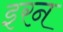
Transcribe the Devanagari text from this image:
इरन